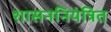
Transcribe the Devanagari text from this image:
शासननियंत्रित